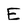
Character: E